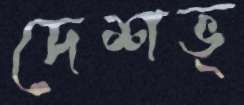
দেশভ্